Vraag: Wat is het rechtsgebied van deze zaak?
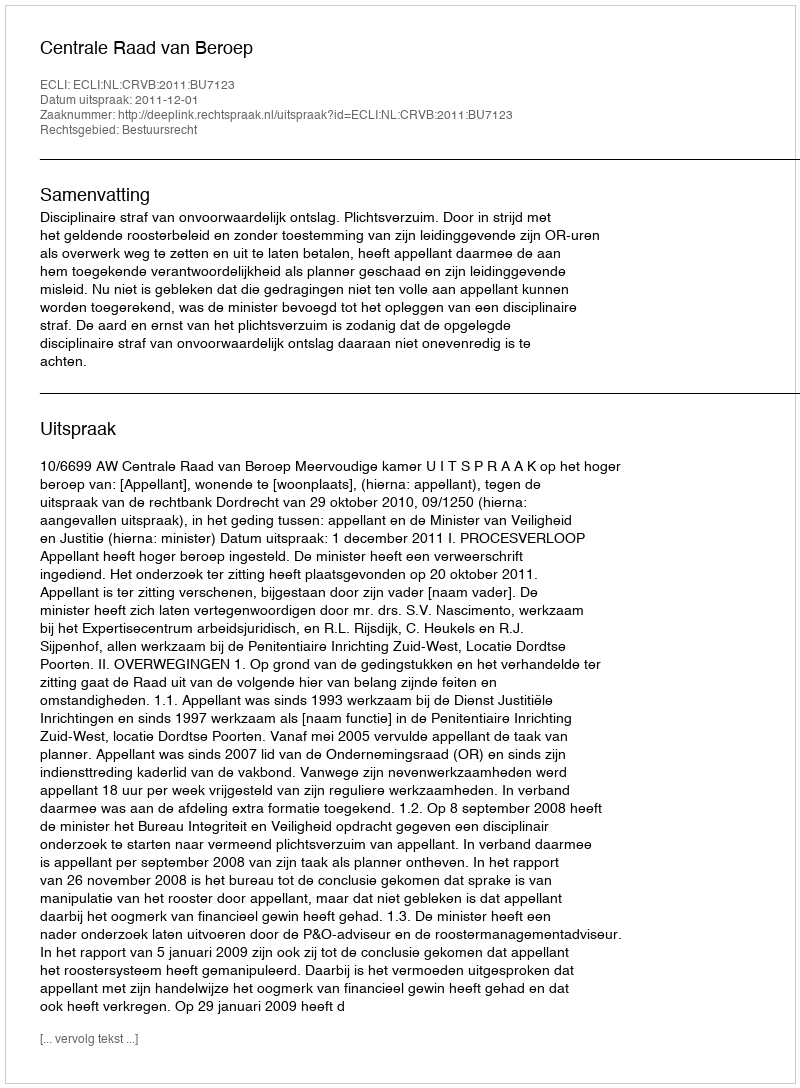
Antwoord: Bestuursrecht